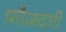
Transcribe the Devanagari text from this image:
फ़ौज़दारी